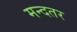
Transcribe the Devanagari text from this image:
मन्दतर